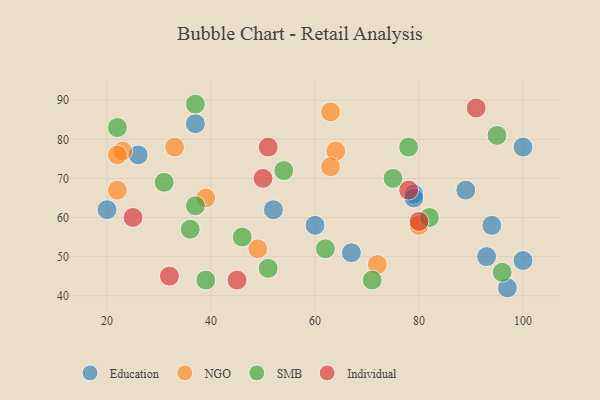
{"axis": {"x": "GDP", "y": "Life Expectancy"}, "legend": ["Education", "Individual", "NGO", "SMB"], "data": [{"x": "26", "y": 76, "type": "Education"}, {"x": "52", "y": 62, "type": "Education"}, {"x": "100", "y": 49, "type": "Education"}, {"x": "20", "y": 62, "type": "Education"}, {"x": "67", "y": 51, "type": "Education"}, {"x": "37", "y": 84, "type": "Education"}, {"x": "100", "y": 78, "type": "Education"}, {"x": "97", "y": 42, "type": "Education"}, {"x": "89", "y": 67, "type": "Education"}, {"x": "79", "y": 66, "type": "Education"}, {"x": "79", "y": 65, "type": "Education"}, {"x": "60", "y": 58, "type": "Education"}, {"x": "93", "y": 50, "type": "Education"}, {"x": "94", "y": 58, "type": "Education"}, {"x": "23", "y": 77, "type": "NGO"}, {"x": "22", "y": 76, "type": "NGO"}, {"x": "49", "y": 52, "type": "NGO"}, {"x": "39", "y": 65, "type": "NGO"}, {"x": "33", "y": 78, "type": "NGO"}, {"x": "64", "y": 77, "type": "NGO"}, {"x": "80", "y": 58, "type": "NGO"}, {"x": "22", "y": 67, "type": "NGO"}, {"x": "72", "y": 48, "type": "NGO"}, {"x": "63", "y": 87, "type": "NGO"}, {"x": "63", "y": 73, "type": "NGO"}, {"x": "71", "y": 44, "type": "SMB"}, {"x": "75", "y": 70, "type": "SMB"}, {"x": "31", "y": 69, "type": "SMB"}, {"x": "95", "y": 81, "type": "SMB"}, {"x": "62", "y": 52, "type": "SMB"}, {"x": "39", "y": 44, "type": "SMB"}, {"x": "51", "y": 47, "type": "SMB"}, {"x": "78", "y": 78, "type": "SMB"}, {"x": "46", "y": 55, "type": "SMB"}, {"x": "37", "y": 63, "type": "SMB"}, {"x": "36", "y": 57, "type": "SMB"}, {"x": "22", "y": 83, "type": "SMB"}, {"x": "54", "y": 72, "type": "SMB"}, {"x": "96", "y": 46, "type": "SMB"}, {"x": "37", "y": 89, "type": "SMB"}, {"x": "82", "y": 60, "type": "SMB"}, {"x": "78", "y": 67, "type": "Individual"}, {"x": "50", "y": 70, "type": "Individual"}, {"x": "51", "y": 78, "type": "Individual"}, {"x": "32", "y": 45, "type": "Individual"}, {"x": "45", "y": 44, "type": "Individual"}, {"x": "80", "y": 59, "type": "Individual"}, {"x": "25", "y": 60, "type": "Individual"}, {"x": "91", "y": 88, "type": "Individual"}]}